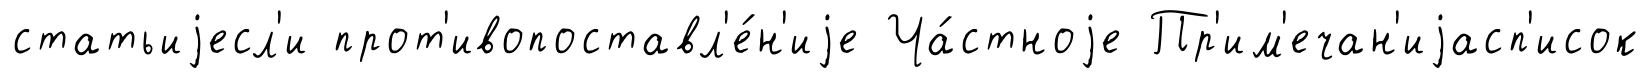
статьиjесл'и прот'ивопоставл'е́н'иjе Ча́стноjе Пр'им'ечан'иjасп'исок